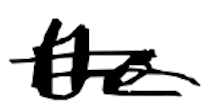
Text: the
Cross-out: double-line
Writing tool: digital_black